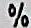
%